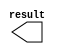
// This program was cloned from: https://github.com/Waikebber/PWM-Robotic-Arm
// License: MIT License

// megafunction wizard: %LPM_CONSTANT%VBB%
// GENERATION: STANDARD
// VERSION: WM1.0
// MODULE: LPM_CONSTANT 

// ============================================================
// Megafunction Name(s):
// 			LPM_CONSTANT
//
// Simulation Library Files(s):
// 			lpm
// ============================================================
// ************************************************************
// THIS IS A WIZARD-GENERATED FILE. DO NOT EDIT THIS FILE!
//
// 18.1.0 Build 625 09/12/2018 SJ Lite Edition
// ************************************************************

//Copyright (C) 2018  Intel Corporation. All rights reserved.
//Your use of Intel Corporation's design tools, logic functions 
//and other software and tools, and its AMPP partner logic 
//functions, and any output files from any of the foregoing 
//(including device programming or simulation files), and any 
//associated documentation or information are expressly subject 
//to the terms and conditions of the Intel Program License 
//Subscription Agreement, the Intel Quartus Prime License Agreement,
//the Intel FPGA IP License Agreement, or other applicable license
//agreement, including, without limitation, that your use is for
//the sole purpose of programming logic devices manufactured by
//Intel and sold by Intel or its authorized distributors.  Please
//refer to the applicable agreement for further details.

module const_openGrip (
	result);

	output	[25:0]  result;

endmodule

// ============================================================
// CNX file retrieval info
// ============================================================
// Retrieval info: PRIVATE: INTENDED_DEVICE_FAMILY STRING "Cyclone V"
// Retrieval info: PRIVATE: JTAG_ENABLED NUMERIC "0"
// Retrieval info: PRIVATE: JTAG_ID STRING "NONE"
// Retrieval info: PRIVATE: Radix NUMERIC "10"
// Retrieval info: PRIVATE: SYNTH_WRAPPER_GEN_POSTFIX STRING "0"
// Retrieval info: PRIVATE: Value NUMERIC "100000"
// Retrieval info: PRIVATE: nBit NUMERIC "26"
// Retrieval info: PRIVATE: new_diagram STRING "1"
// Retrieval info: LIBRARY: lpm lpm.lpm_components.all
// Retrieval info: CONSTANT: LPM_CVALUE NUMERIC "100000"
// Retrieval info: CONSTANT: LPM_HINT STRING "ENABLE_RUNTIME_MOD=NO"
// Retrieval info: CONSTANT: LPM_TYPE STRING "LPM_CONSTANT"
// Retrieval info: CONSTANT: LPM_WIDTH NUMERIC "26"
// Retrieval info: USED_PORT: result 0 0 26 0 OUTPUT NODEFVAL "result[25..0]"
// Retrieval info: CONNECT: result 0 0 26 0 @result 0 0 26 0
// Retrieval info: GEN_FILE: TYPE_NORMAL const_openGrip.v TRUE
// Retrieval info: GEN_FILE: TYPE_NORMAL const_openGrip.inc TRUE
// Retrieval info: GEN_FILE: TYPE_NORMAL const_openGrip.cmp TRUE
// Retrieval info: GEN_FILE: TYPE_NORMAL const_openGrip.bsf TRUE
// Retrieval info: GEN_FILE: TYPE_NORMAL const_openGrip_inst.v TRUE
// Retrieval info: GEN_FILE: TYPE_NORMAL const_openGrip_bb.v TRUE
// Retrieval info: LIB_FILE: lpm